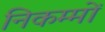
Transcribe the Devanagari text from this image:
निकम्मों